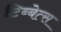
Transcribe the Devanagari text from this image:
टिब्बेत्स